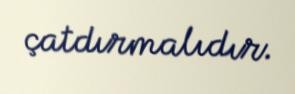
çatdırmalıdır.